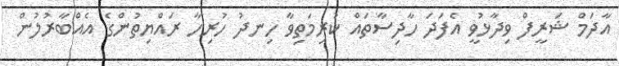
އާދަމް ޝަރީފް ވިދާޅުވީ އެފަދަ ހާދިސާތައް ކުރިމަތިވާ ހިނދު ހުރިހާ ރައްޔިތުންގެ އެއްބާރުލުން